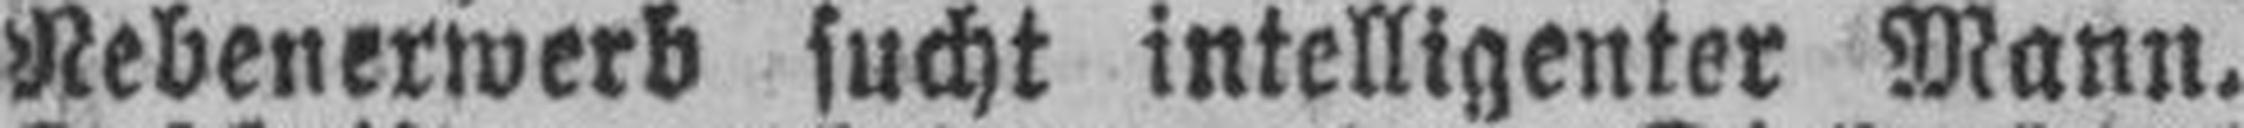
Nebenerwerb sucht intelligenter Mann.